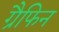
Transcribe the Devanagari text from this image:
ग्रैफिन